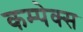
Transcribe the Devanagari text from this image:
कम्पेक्स